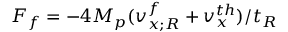
F _ { f } = - 4 M _ { p } ( v _ { x ; R } ^ { f } + v _ { x } ^ { t h } ) / t _ { R }